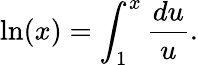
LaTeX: \ln(x)=\int_{1}^{x}{\frac{du}{u}}.